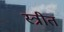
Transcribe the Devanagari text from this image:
स्त्रीत